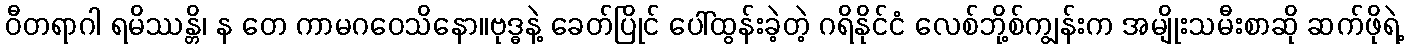
ဝီတရာဂါ ရမိဿန္တိ၊ န တေ ကာမဂဝေသိနော။ဗုဒ္ဓနဲ့ ခေတ်ပြိုင် ပေါ်ထွန်းခဲ့တဲ့ ဂရိနိုင်ငံ လေစ်ဘို့စ်ကျွန်းက အမျိုးသမီးစာဆို ဆက်ဖိုရဲ့